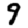
Digit: 9